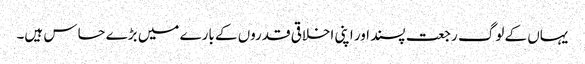
یہاں کے لوگ رجعت پسند اور اپنی اخلاقی قدروں کے بارے میں بڑے حساس ہیں۔